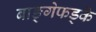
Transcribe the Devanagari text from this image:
बाङ्गेफड्के